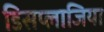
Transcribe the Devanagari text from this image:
डिसप्लाजिया